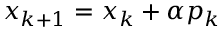
x _ { k + 1 } = x _ { k } + \alpha p _ { k }